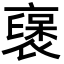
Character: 襃